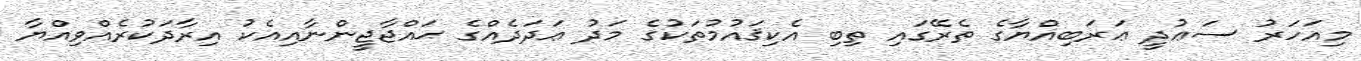
މިއަހަރު ސަޢުދީ ޢަރަބިއްޔާގެ ތެރޭގައި ތިބި އެކިޤައުމުތަކުގެ މަދު ޢަދަދެއްގެ ޙައްޖާޖީންނާއިއެކު އިރާދަކުރެއްވިއްޔާ